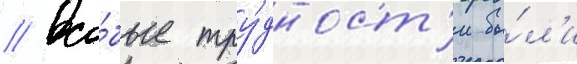
// Осо́бые тру́дност'и бы́л'и